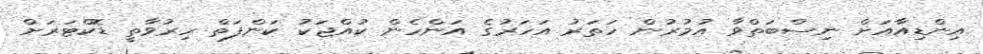
އިންޑިއާއަށް ނިސްބަތްވާ އުމުރުން ހަތަރު އަހަރުގެ އަންހެން ކުއްޖަކު ކަންފަތް ހިރުވާތީ ޑޮކްޓަރަށް